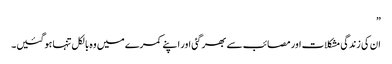
”
ان کی زندگی مشکلات اور مصائب سے بھر گئی اور اپنے کمرے میں وہ بالکل تنہا ہوگئیں۔